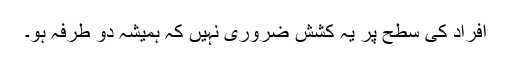
افراد کی سطح پر یہ کشش ضروری نہیں کہ ہمیشہ دو طرفہ ہو۔